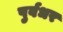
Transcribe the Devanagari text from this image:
पुर्वधर